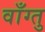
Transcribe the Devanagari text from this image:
वाँग्तु